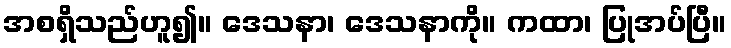
အစရှိသည်ဟူ၍။ ဒေသနာ၊ ဒေသနာကို။ ကထာ၊ ပြုအပ်ပြီ။